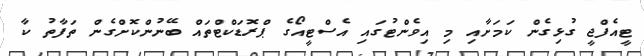
ޓީއެފްޖީ ގުޅިގެން ކަމަށާއި މި އިވެންޓުގައި އެސްޓީއޯގެ ޕްރޮޑަކްޓްތައް ބޭނުންކޮށްގެން ތަފާތު ކާ